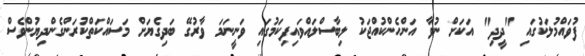
ފުވައްމުލަކުގައި "ދީދި" އަކަށް ނުވާ އަންހެންކުއްޖަކު ލިބާސްލައްވައިފިކަމުގައި ވަނީނަމަ ވާރުގޭ ބަދިގެޔަށް މަސައްކަތްކުރަންގެންދިޔުންވެސް